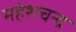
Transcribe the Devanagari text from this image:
महेशचन्द्र